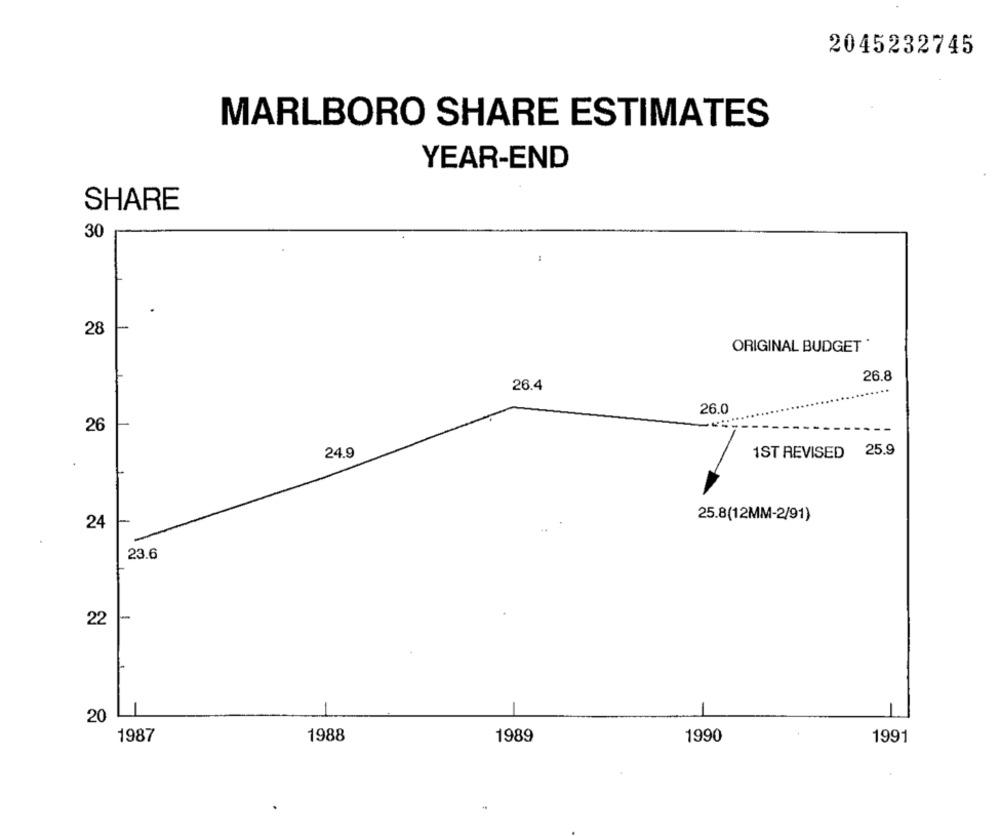
2045232745
MARLBORO SHARE ESTIMATES
YEAR-END
SHARE
30
28
ORIGINAL BUDGET *
26.8
26.4
26.0
26
1ST REVISED 25.9
24.9
.
25.8(12MM-2/91)
24
23.6
22
20
1987
1988
1989
1990
1991